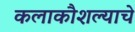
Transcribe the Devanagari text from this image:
कलाकौशल्याचे